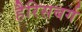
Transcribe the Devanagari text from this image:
हैरिसबर्ग